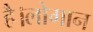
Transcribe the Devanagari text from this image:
है।लोगान